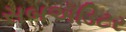
સબઍડિટર